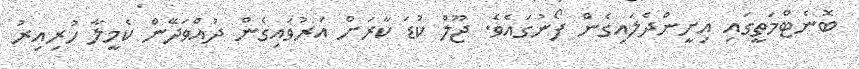
ބޮނެޓްމަތީގައި އިށީންދެލައިގެން ފޯނުގައެވެ. ޖޫލް ކުޑަ ކާރަށް އަރުވައިގެން ދުއްވަދޭން ކެމީލާ ހުރިއިރު